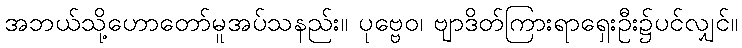
အဘယ်သို့ဟောတော်မူအပ်သနည်း။ ပုဗ္ဗေဝ၊ ဗျာဒိတ်ကြားရာရှေးဦး၌ပင်လျှင်။